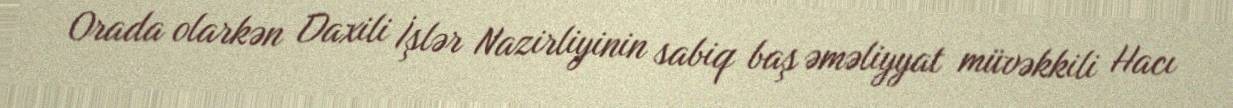
Orada olarkən Daxili İşlər Nazirliyinin sabiq baş əməliyyat müvəkkili Hacı